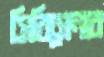
সিরিসেনার